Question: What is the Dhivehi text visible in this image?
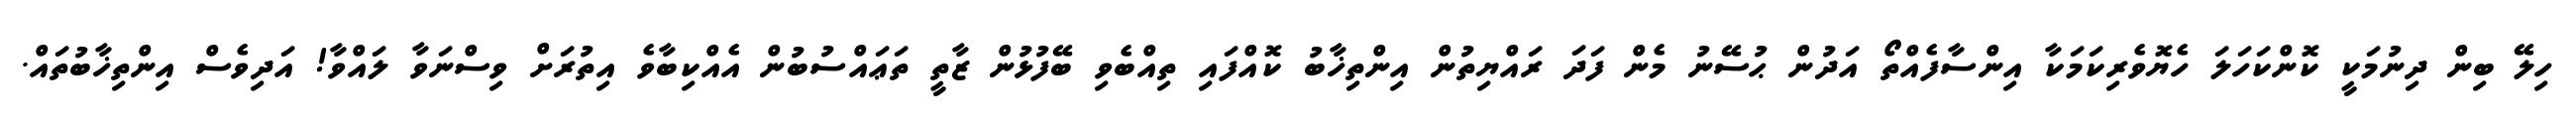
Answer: ހިލޭ ބިން ދިނުމަކީ ކޮންކަހަލަ ހެޔޮވެރިކަމަކާ އިންސާފެއްތޯ އަދުން ޙުސޭނު މެން ފަދަ ރައްޔިތުން އިންތިޚާބު ކޮއްފައި ތިއްބެވި ބޭފުޅުން ޒާތީ ތަޢައްސުބުން އެއްކިބާވެ އިތުރަށް ވިސްނަވާ ލައްވާ! އަދިވެސް އިންތިޚާބުތައް.